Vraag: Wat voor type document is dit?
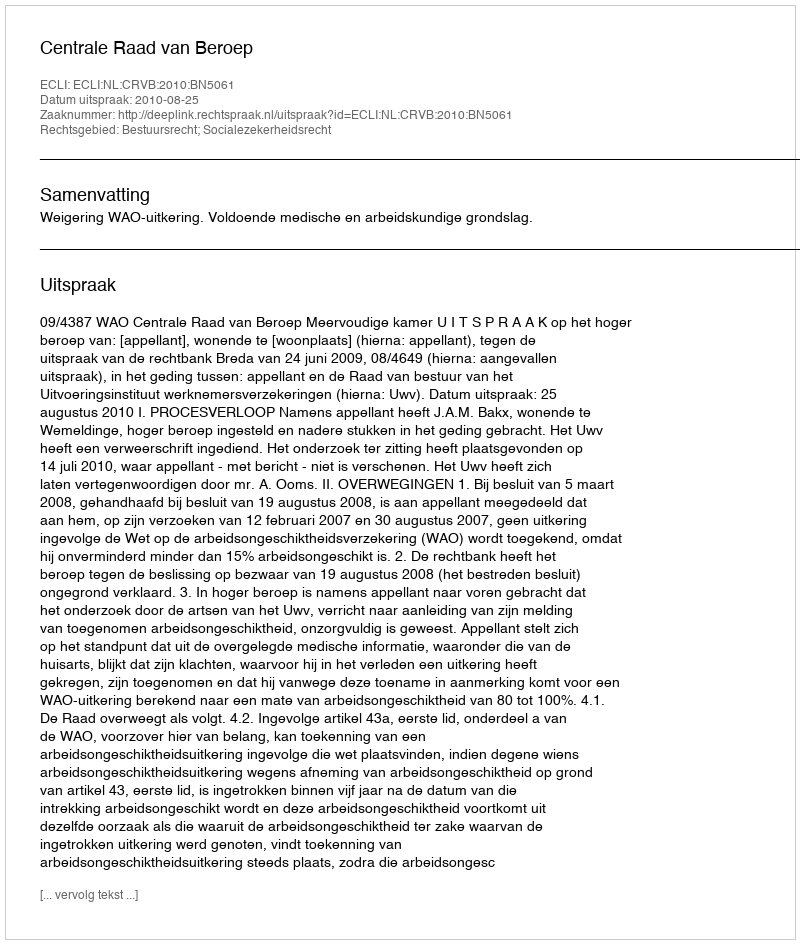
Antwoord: Uitspraak